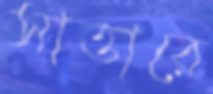
সাত্তারে